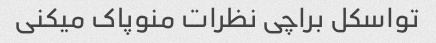
تواسکل براچی نظرات منوپاک میکنی